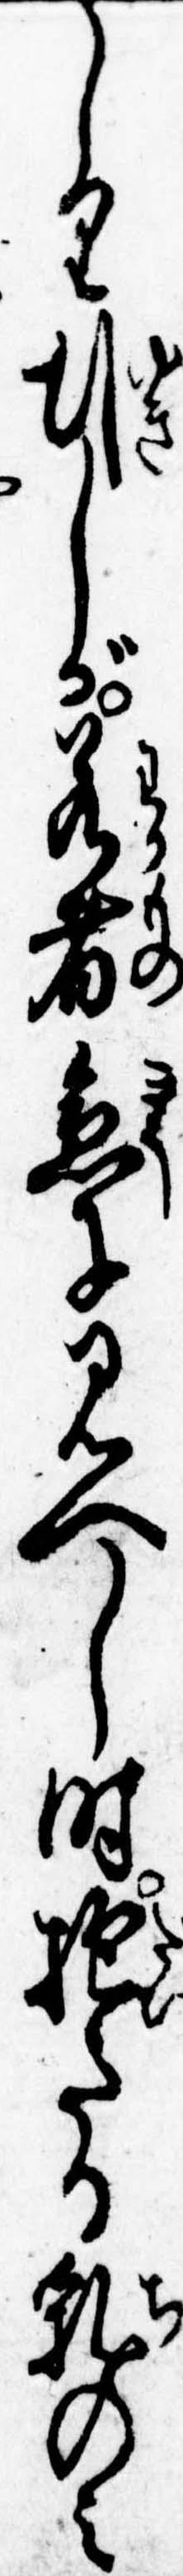
しり行しが若者急に見へし時抱たる乳のみ